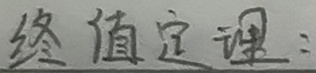
终值定理：